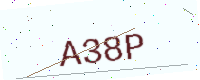
Text: A38P